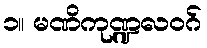
၁။ မဏိကုဏ္ဍလဝဂ်